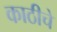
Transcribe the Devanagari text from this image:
काठीचे